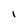
Character: l